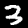
Label: 3